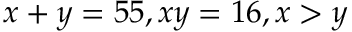
x + y = 5 5 , x y = 1 6 , x > y